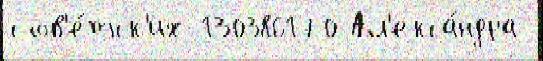
сов'е́тск'их 130386170 Ал'екса́ндра